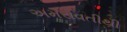
અમરાવતીથી